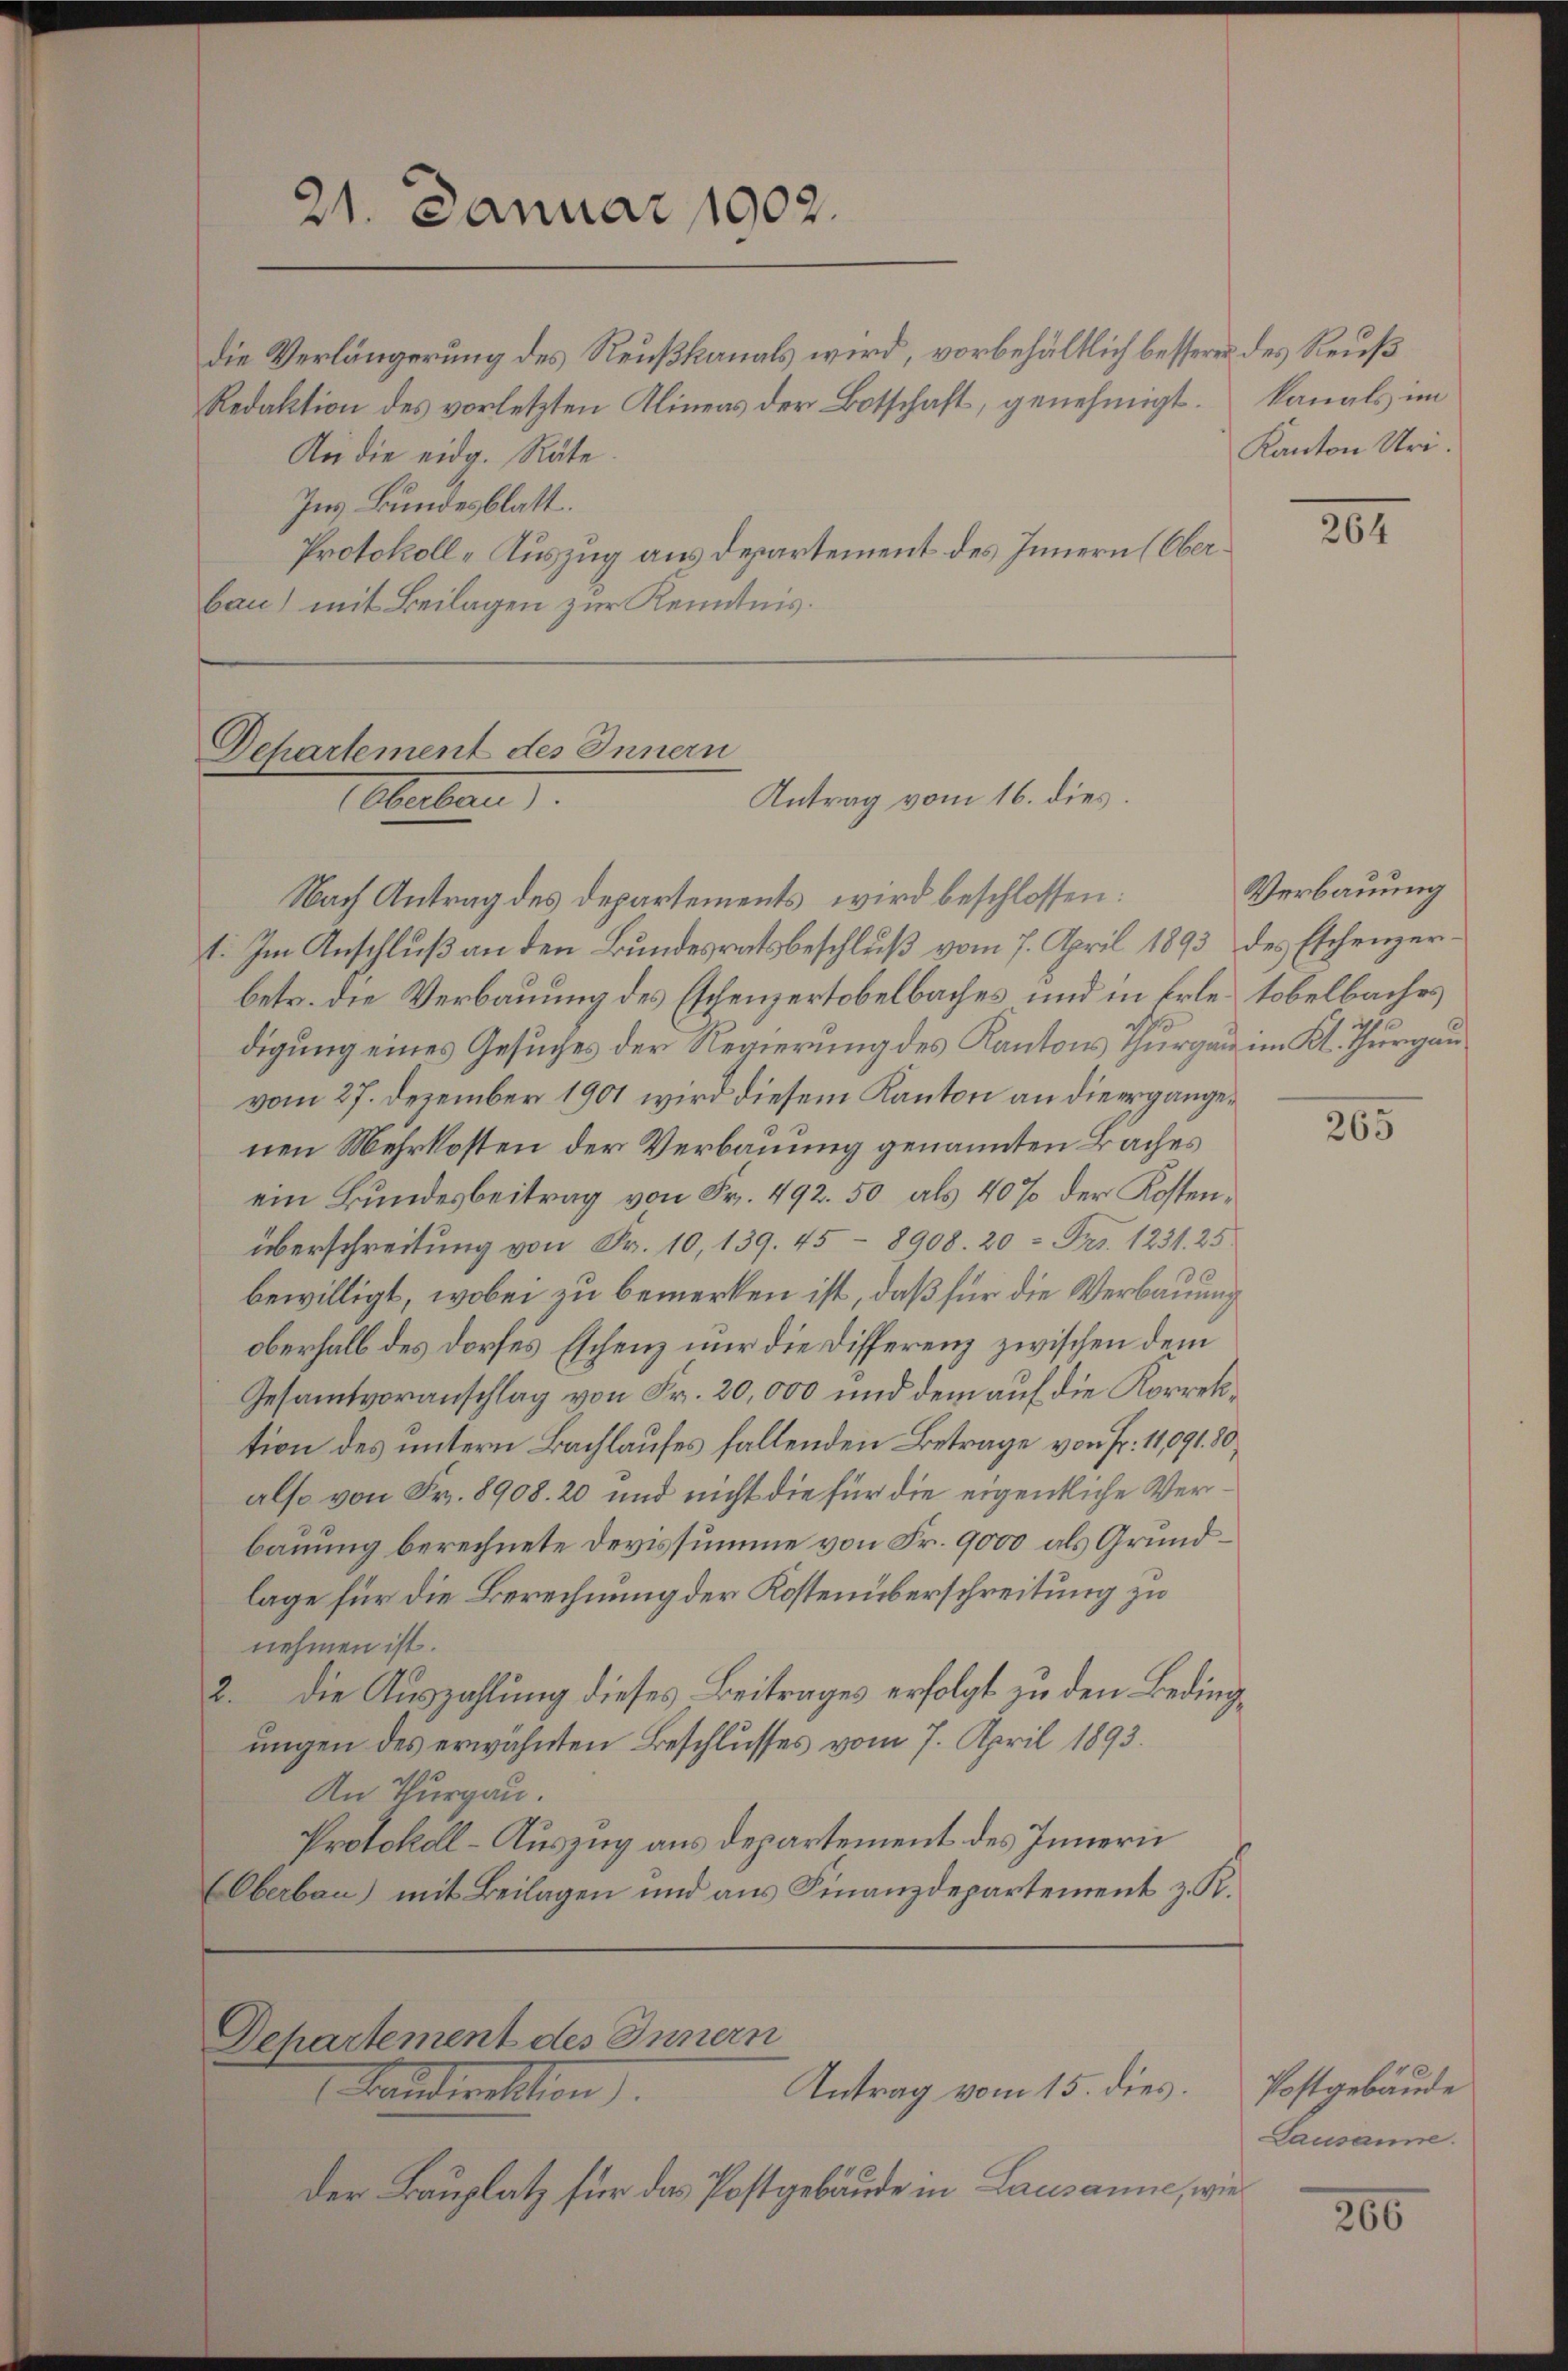
21. Januar 1902.

Dchartement des Innern
Antrag vom 16. dies
Oberban

Nach Antrag des Departements wird beschlossen:
t. Im Anschluß an den Bundesratsbeschluß vom 7. April 1893 des Eschenzerbetr. die Verbauung des Eschenzertobelbaches und in Erle. Tobelbaches
digung eines Gesuches der Regierung des Kantons Thurgau im Kt. Thurgau,
vom 27. Dezember 1901 wird diesem Kanton an die ergangenen Mehrkosten der Verbauung genannten Baches
ein Bundesbeitrag von Fr. 492. 50 als 40% der Kostenüberschreitung von Fr. 10, 139. 45 - 8908. 20 = Frs. 1231. 25.
bewilligt, wobei zu bemerken ist, daß für die Verbauung
oberhalb des Dorfes Eschenz nur die Differenz zwischen dem
Gesamtvoranschlag von Fr. 20,000 und dem auf die Korrektion des untern Bachlaufes fallenden Betrage von Fr. 11,091. 80,
also von Fr. 8908. 20 und nicht die für die eigentliche Verbauung berechnete Devissumme von Fr. 9000 als Grundlage für die Berechnung der Kostenüberschreitung zu
nehmen ist.
2. die Auszahlung dieses Beitrages erfolgt zu den Bedingungen des erwähnten Beschlusses vom 7. April 1893.
An Thurgau.
Protokoll - Auszug aus departement des Innern
EOberbau) mit Beilagen und aus Finanzdepartement z. R.

die Verlängerung des Reußkanals wird, vorbehältlich bessere des Reuß
Redaktion des vorletzten Klineas der Botschaft, genehmigt.
An die eidg. Räte.
Ins Bundesblatt.
Protokoll-Auszug aus Departement des Innern (Oberbau) mit Beilagen zur Kenntnis.

Departement des Innern
Antrag vom 15. dies.
Kandirektion

Der Bauplatz für das Postgebäude in Lausanne, wie

kanals im
Kanton Uri.

264

Verbauung

265

10
Postgebäude
Lausanne.

206